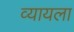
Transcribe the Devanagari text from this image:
व्यायला